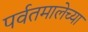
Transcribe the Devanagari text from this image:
पर्वतमालेच्या